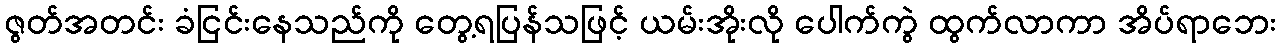
ဇွတ်အတင်း ခံငြင်းနေသည်ကို တွေ့ရပြန်သဖြင့် ယမ်းအိုးလို ပေါက်ကွဲ ထွက်လာကာ အိပ်ရာဘေး